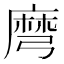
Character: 𪎔